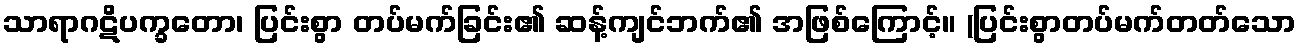
သာရာဂဋိပက္ခတော၊ ပြင်းစွာ တပ်မက်ခြင်း၏ ဆန့်ကျင်ဘက်၏ အဖြစ်ကြောင့်။ (ပြင်းစွာတပ်မက်တတ်သော